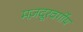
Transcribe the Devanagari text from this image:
मज़दूरवर्गीय